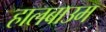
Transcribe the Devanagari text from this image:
हालबाउम